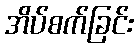
အိပ်စက်ခြင်း